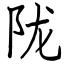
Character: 陇